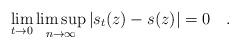
LaTeX: \begin{align*}\lim_{t\to 0}\limsup_{n\to\infty}|s_t(z)-s(z)|=0 \quad.\end{align*}